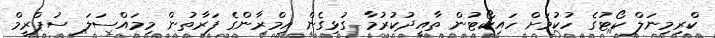
ކްރިމިނަލް ކޯޓުގެ ހުކުމަށް ހައިކޯޓުން ތާއީދުކުރުމާ ގުޅިގެން އިމްރާންގެ ފަރާތުން މިމައްސަލަ ސުޕްރީމް